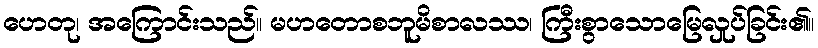
ဟေတု၊ အကြောင်းသည်။ မဟတောစဘူမိစာလဿ၊ ကြီးစွာသောမြေလှုပ်ခြင်း၏။